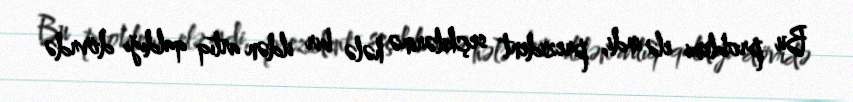
Bu problemi elə indi, prezident seçkilərinə hələ bir ildən artıq qaldığı dövrdə